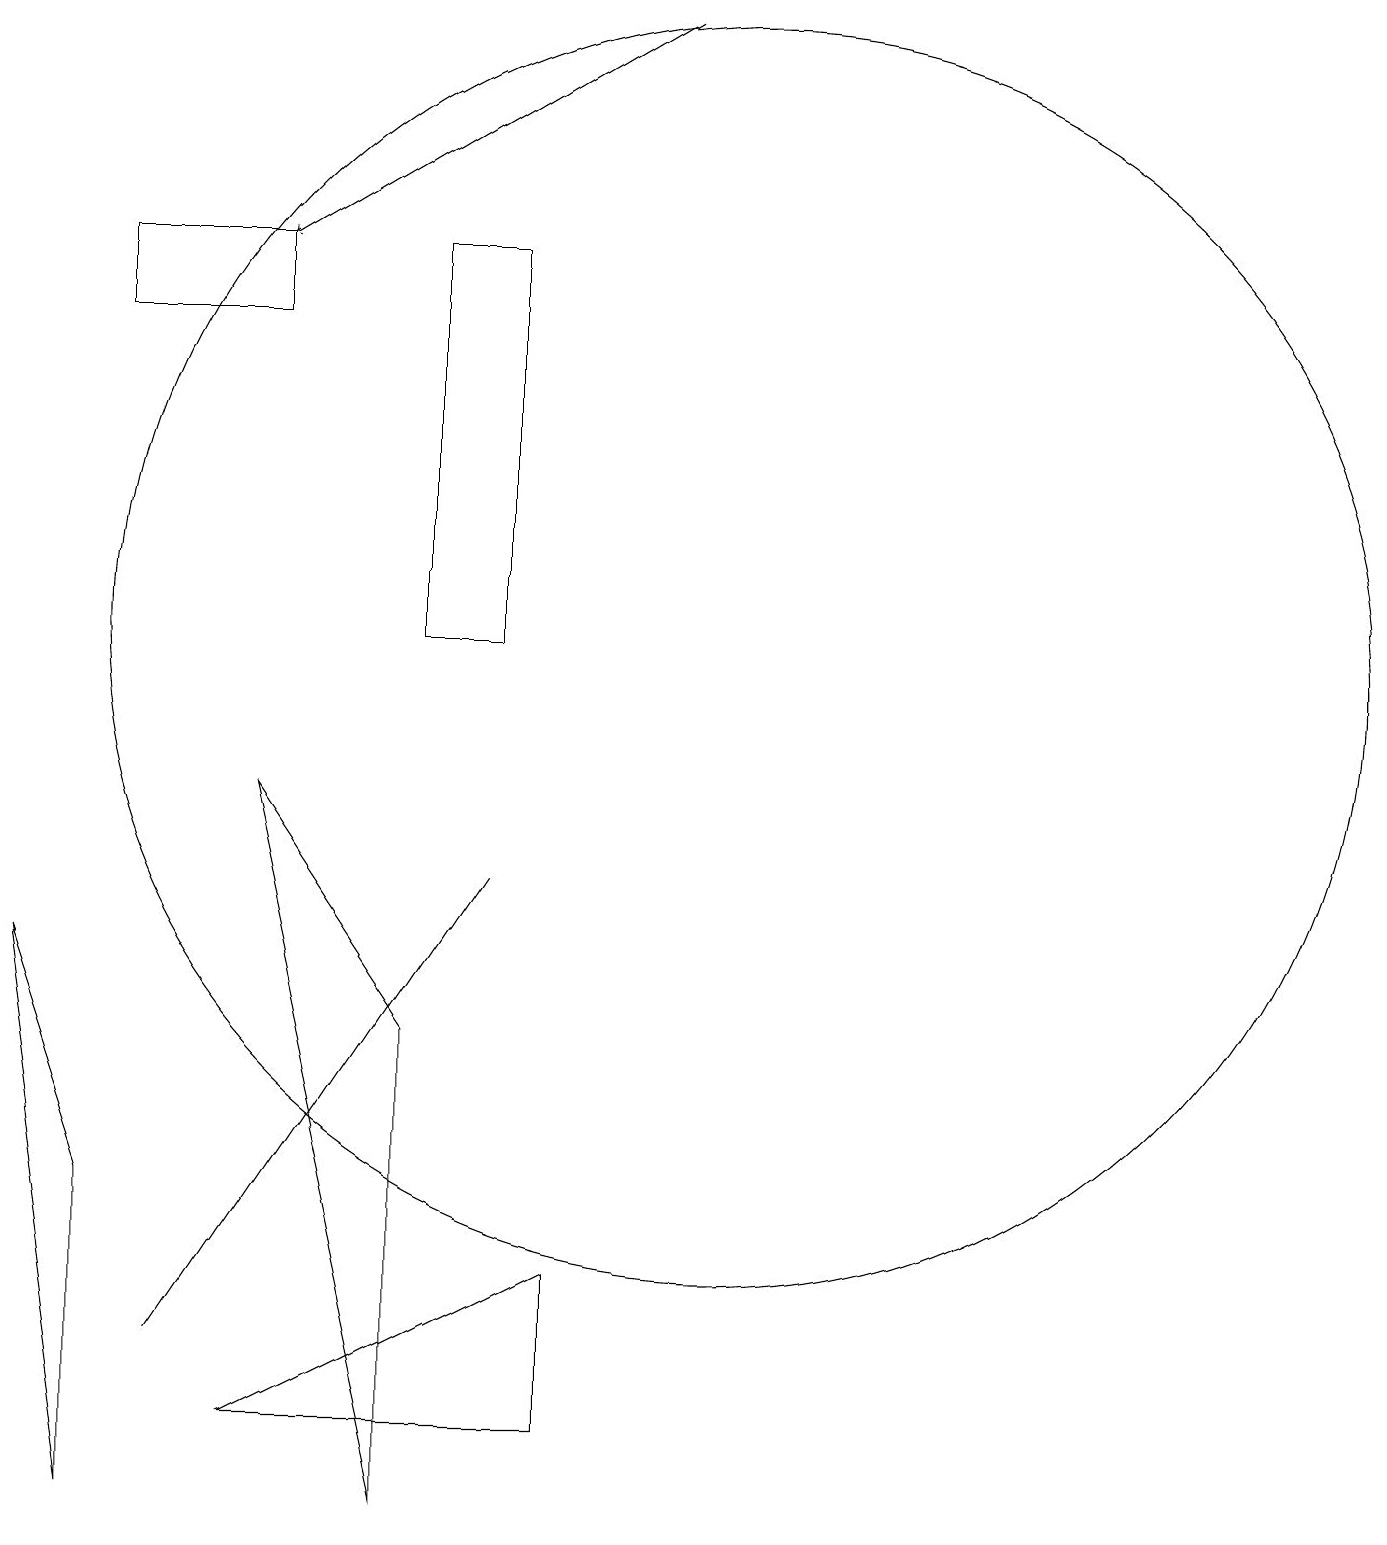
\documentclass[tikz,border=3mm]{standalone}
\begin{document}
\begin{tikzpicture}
\draw[->] (9,19) -- (4,16);
\draw (6,0) -- (4,9) -- (6,6) -- cycle;
\draw (2,0) -- (1,7) -- (2,4) -- cycle;
\draw (10,11) circle (8);
\draw (4,1) -- (8,3) -- (8,1) -- cycle;
\draw (6,16) rectangle (7,11);
\draw (4,15) rectangle (2,16);
\draw (7,8) -- (7,8) -- (3,2) -- cycle;
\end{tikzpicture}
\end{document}